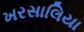
ખરસાલિયા